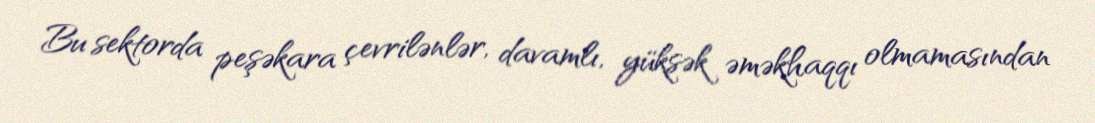
Bu sektorda peşəkara çevrilənlər, davamlı, yüksək əməkhaqqı olmamasından